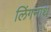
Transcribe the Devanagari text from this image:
लिंगनाथ